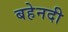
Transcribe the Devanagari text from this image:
बहेनदी